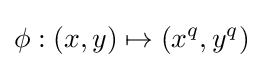
\phi :(x,y)\mapsto (x^{q},y^{q})